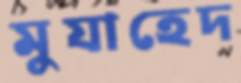
মুযাহেদ